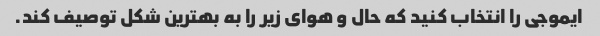
ایموجی را انتخاب کنید که حال و هوای زیر را به بهترین شکل توصیف کند.